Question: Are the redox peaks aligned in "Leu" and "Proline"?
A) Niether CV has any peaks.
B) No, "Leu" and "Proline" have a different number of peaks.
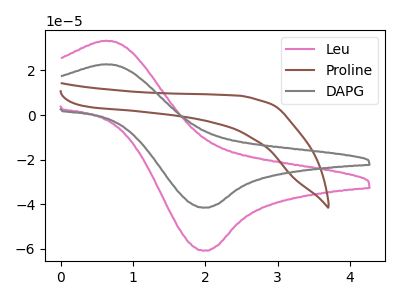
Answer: <think>The pink curve "Leu" has an anodic peak at (0.60V, 33.35uA) and a cathodic peak at (2.00V, -60.85uA). The brown curve "Proline" has no peaks. The gray curve "DAPG" has an anodic peak at (0.60V, 22.75uA) and a cathodic peak at (2.00V, -41.55uA).</think>
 <answer>B) No, "Leu" and "Proline" have a different number of peaks.</answer>
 <eval>B</eval>